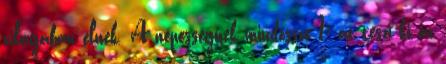
világában élnek. A népességnek mindössze 1%-át teszi ki az